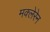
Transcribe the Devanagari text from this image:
मक्लेरेन